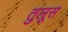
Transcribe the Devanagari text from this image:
तुलूस